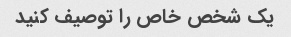
یک شخص خاص را توصیف کنید